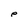
Character: p